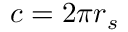
c = 2 \pi r _ { s } \,